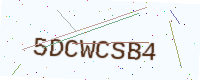
Text: 5DCWCSB4